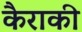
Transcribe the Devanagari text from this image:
कैराकी